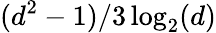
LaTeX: (d^{2}-1)/3\log_{2}(d)